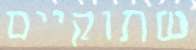
שתוקיים